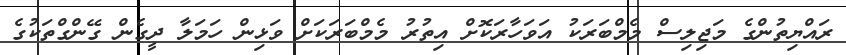
ރައްޔިތުންގެ މަޖިލިސް މެމްބަރަކު އަވަހާރަކޮށް އިތުރު މެމްބަރަކަށް ވަޅިން ހަމަލާ ދީގެން ގޭންގްތަކުގެ